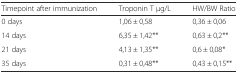
<table><thead><tr><td><b>Timepoint after immunization</b></td><td><b>Troponin T μg/L</b></td><td><b>HW/BW Ratio</b></td></tr></thead><tbody><tr><td>0 days</td><td>1,06 ± 0,58</td><td>0,36 ± 0,06</td></tr><tr><td>14 days</td><td>6,35 ± 1,42**</td><td>0,63 ± 0,2**</td></tr><tr><td>21 days</td><td>4,13 ± 1,35**</td><td>0,6 ± 0,08*</td></tr><tr><td>35 days</td><td>0,31 ± 0,48**</td><td>0,43 ± 0,15**</td></tr></tbody></table>